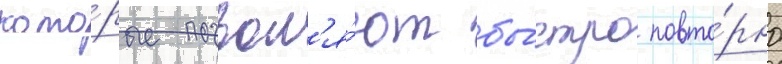
кото́рые позвол'я́ют бы́стро повто́рно